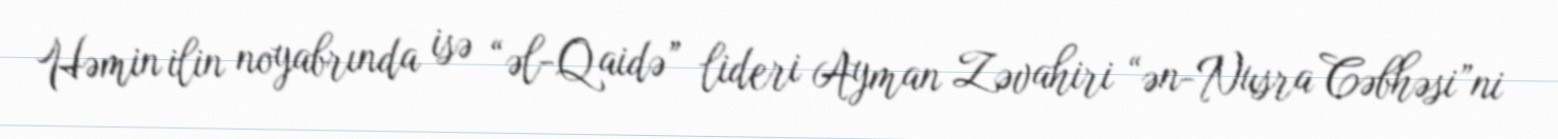
Həmin ilin noyabrında isə “əl-Qaidə” lideri Ayman Zəvahiri “ən-Nusra Cəbhəsi”ni